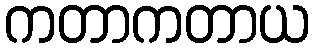
ကတာကတာယ